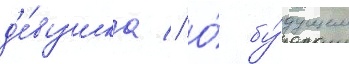
д'е́вушка // О́ бу́дущем